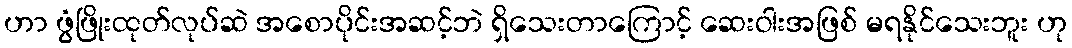
ဟာ ဖွံဖြိုးထုတ်လုပ်ဆဲ အစောပိုင်းအဆင့်ဘဲ ရှိသေးတာကြောင့် ဆေးဝါးအဖြစ် မရနိုင်သေးဘူး ဟု